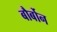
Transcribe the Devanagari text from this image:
बौर्बोन